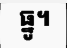
ធ្នូ។